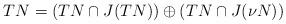
LaTeX: \begin{align*} TN=(TN\cap J(TN))\oplus (TN\cap J(\nu N))\end{align*}